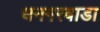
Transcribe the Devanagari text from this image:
धनगरवाडा